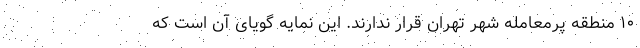
۱۰ منطقه پرمعامله شهر تهران قرار ندارند. این نمایه گویای آن است که